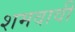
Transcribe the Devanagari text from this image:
शमवावी